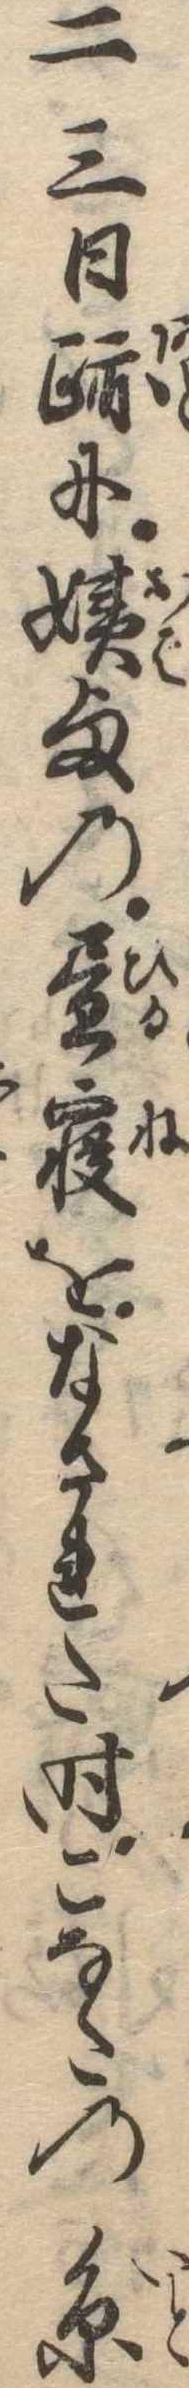
二三日跡に姨様の昼寝をなされた時こなたの糸